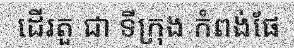
ដើរតួ ជា ទីក្រុង កំពង់ផែ